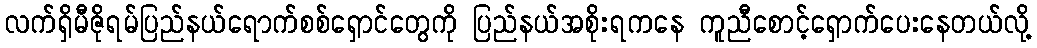
လက်ရှိမီဇိုရမ်ပြည်နယ်ရောက်စစ်ရှောင်တွေကို ပြည်နယ်အစိုးရကနေ ကူညီစောင့်ရှောက်ပေးနေတယ်လို့